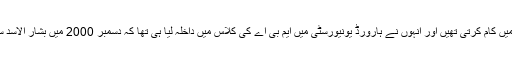
وہ انویسٹمنٹ بینکاری میں کام کرتی تھیں اور انہوں نے ہارورڈ یونیورسٹی میں ایم بی اے کی کلاس میں داخلہ لیا ہی تھا کہ دسمبر 2000 میں بشار الاسد سے ان کی شادی ہوگئی۔